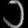
Digit: ၁